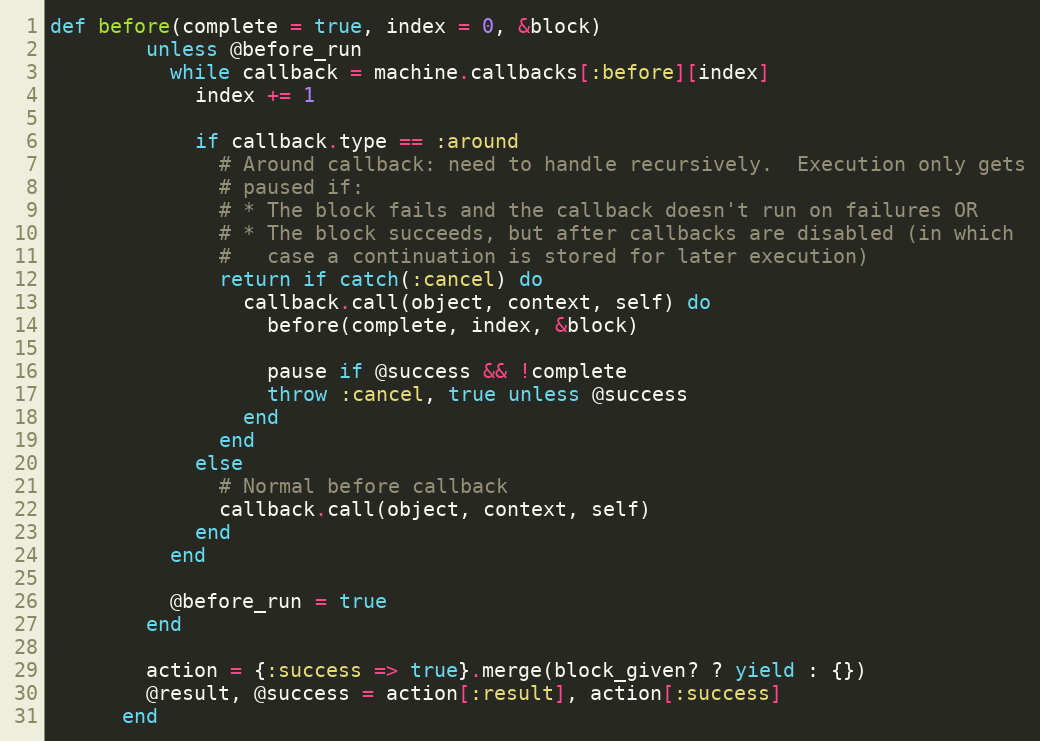
Language: Ruby
def before(complete = true, index = 0, &block)
        unless @before_run
          while callback = machine.callbacks[:before][index]
            index += 1

            if callback.type == :around
              # Around callback: need to handle recursively.  Execution only gets
              # paused if:
              # * The block fails and the callback doesn't run on failures OR
              # * The block succeeds, but after callbacks are disabled (in which
              #   case a continuation is stored for later execution)
              return if catch(:cancel) do
                callback.call(object, context, self) do
                  before(complete, index, &block)

                  pause if @success && !complete
                  throw :cancel, true unless @success
                end
              end
            else
              # Normal before callback
              callback.call(object, context, self)
            end
          end

          @before_run = true
        end

        action = {:success => true}.merge(block_given? ? yield : {})
        @result, @success = action[:result], action[:success]
      end